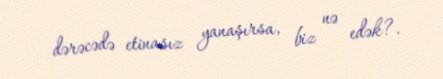
dərəcədə etinasız yanaşırsa, biz nə edək?.